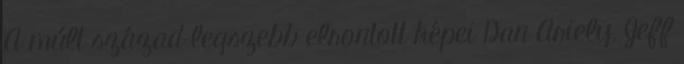
A múlt század legszebb elrontott képei Dan Ariely, Jeff